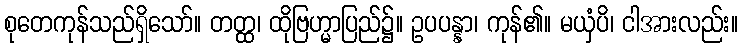
စုတေကုန်သည်ရှိသော်။ တတ္ထ၊ ထိုဗြဟ္မာပြည်၌။ ဥပပန္နာ၊ ကုန်၏။ မယှံပိ၊ ငါအားလည်း။